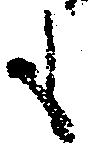
も